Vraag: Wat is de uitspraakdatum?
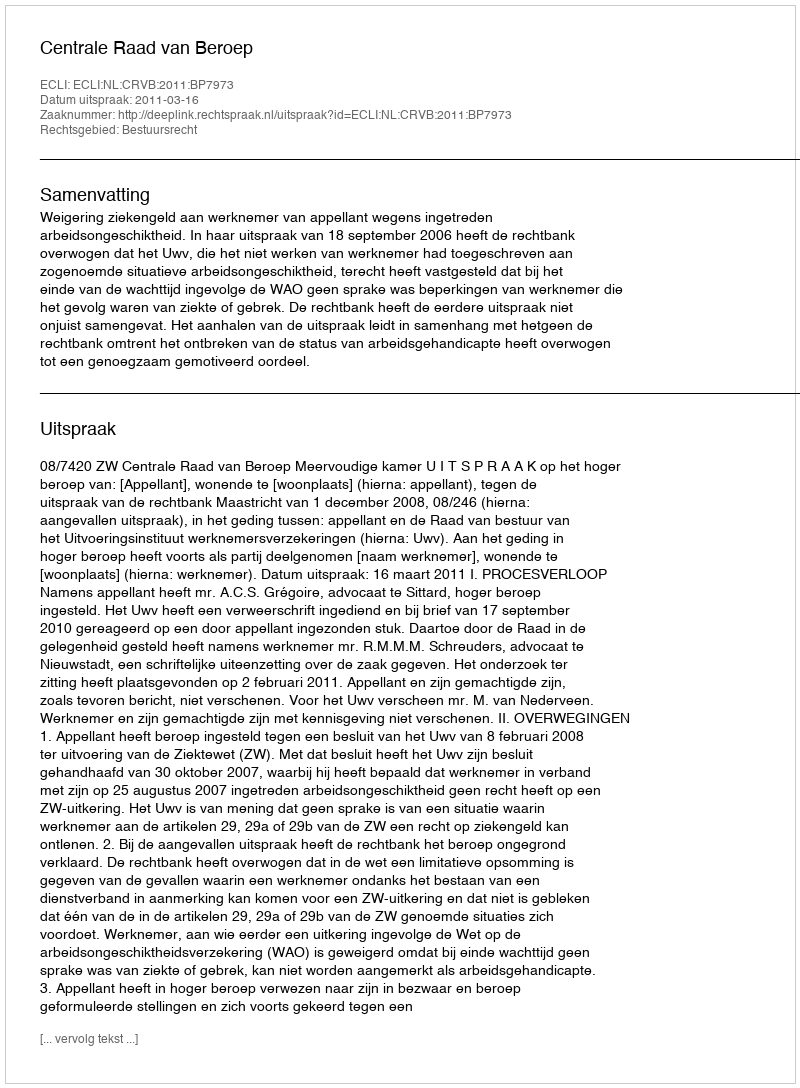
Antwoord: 2011-03-16